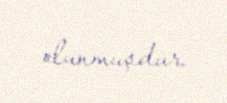
olunmuşdur.